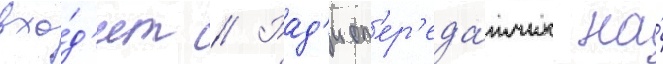
вхо́д'ит // Рад'иоп'ер'еда́тчик на́